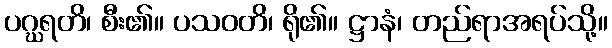
ပဂ္ဃရတိ၊ စီး၏။ ပသဝတိ၊ ရို၏။ ဋ္ဌာနံ၊ တည်ရာအရပ်သို့။